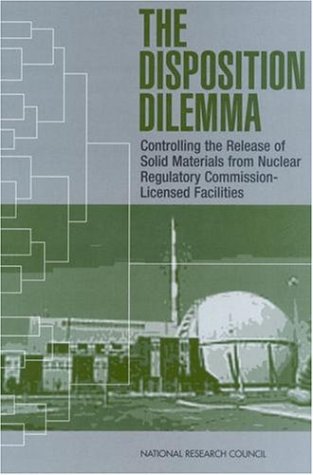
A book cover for The Disposition Dilemma:: Controlling the Release of Solid Materials from Nuclear Regulatory Commission-Licensed Facilities (Compass series); Committee on Alternatives for Controlling the Release of Solid
Materials from Nuclear Regulatory Commission-Licensed Facilities; Science & Math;